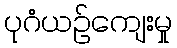
ပုဂံယဉ်ကျေးမှု